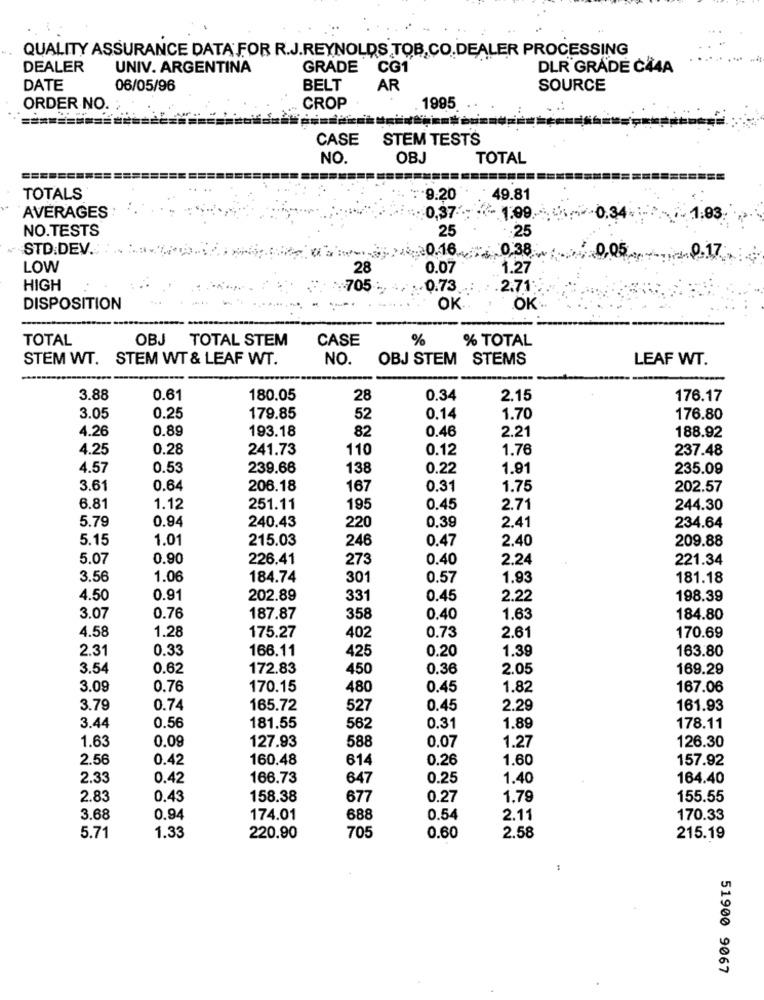
QUALITY ASSURANCE DATA FOR R.J.REYNOLDS TOB,CO.DEALER PROCESSING
DEALER
UNIV. ARGENTINA
GRADE CG1
DLR GRADE C44A
DATE
06/05/96
BELT
AR
SOURCE
ORDER NO.
CROP
1995
CASE STEM TESTS
NO.
OBJ
TOTAL
======
===
=======
TOTALS
.9.20
49.81
0,37:
AVERAGES
-0.34
1:83
NO.TESTS
25
.25
STD:DEV.
0.16.
0,38
LOW
28
0.07
1.27
HIGH
.. 705 :
.0.73
.2.71
DISPOSITION
OK.
OK
TOTAL
OBJ TOTAL STEM
CASE
%
% TOTAL
STEM WT. STEM WT & LEAF WT.
NO.
OBJ STEM STEMS
LEAF WT.
3.88
0.61
180.05
28
0.34
2.15
176.17
3.05
0.25
179.85
52
0.14
1.70
176.80
4.26
0.89
193.18
82
0.46
2.21
188.92
4.25
0.28
241.73
110
0.12
1.76
237.48
4.57
0.53
239.66
138
0.22
1.91
235.09
3.61
0.64
206.18
167
0.31
1.75
202.57
6.81
1.12
251.11
195
0.45
2.71
244.30
5.79
0.94
240.43
220
0.39
2.41
234.64
5.15
1.01
215.03
246
0.47
2.40
209.88
5.07
0.90
226.41
273
0.40
2.24
221.34
3.56
1.06
184.74
301
0.57
1.93
181.18
4.50
0.91
202.89
331
0.45
2.22
198.39
3.07
0.76
187.87
358
0.40
1.63
184.80
4.58
1.28
175.27
402
0.73
2.61
170.69
2.31
0.33
166.11
425
0.20
1.39
163.80
3.54
0.62
172.83
450
0.36
2.05
169.29
3.09
0.76
170.15
480
0.45
1.82
167.06
3.79
0.74
165.72
527
0.45
2.29
161.93
3.44
0.56
181.55
562
0.31
1.89
178.11
1.63
0.09
127.93
588
0.07
1.27
126.30
2.56
0.42
160.48
614
0.26
1.60
157.92
2.33
0.42
166.73
647
0.25
1.40
164.40
2.83
0.43
158.38
677
0.27
1.79
155.55
3.68
0.94
174.01
688
0.54
2.11
170.33
5.71
1.33
220.90
705
0.60
2.58
215.19
51900 9067